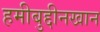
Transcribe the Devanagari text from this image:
हमीबुद्दीनखान